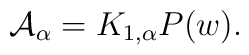
{\cal A}_{\alpha} = K_{1,\alpha} P(w).